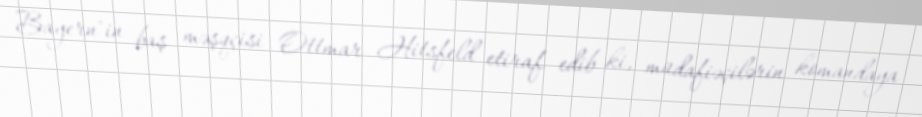
Bayern"in baş məşqçisi Ottmar Hitsfeld etiraf edib ki, müdafiəçilərin komandaya